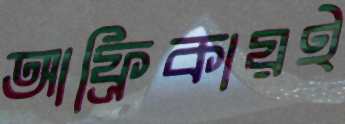
আফ্রিকায়ই